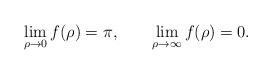
\begin{align*}\lim_{\rho \rightarrow 0} f(\rho) =\pi ,\qquad \lim_{\rho \rightarrow\infty} f(\rho)=0.\end{align*}